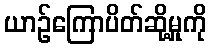
ယာဉ်ကြောပိတ်ဆို့မှုကို